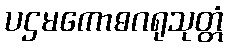
ပဌမကောဓဂရုသုတ္တံ